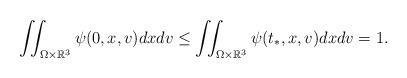
LaTeX: \begin{align*} \iint_{\Omega\times\mathbb{R}^3}\psi(0,x,v) dxdv \leq \iint_{\Omega\times\mathbb{R}^3}\psi(t_*,x,v) dxdv = 1. \end{align*}